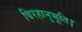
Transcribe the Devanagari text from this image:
विरहानुभूति।